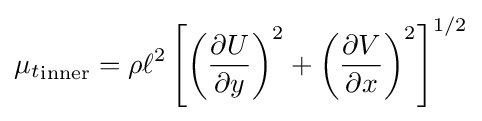
{\mu _{t}}_{\text{inner}}=\rho \ell ^{2}\left[\left({\frac {\partial U}{\partial y}}\right)^{2}+\left({\frac {\partial V}{\partial x}}\right)^{2}\right]^{1/2}